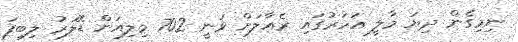
ނިމިގެން ދިޔަ މާލީ އަހަރުގައި ރެއާލަށް ވަނީ 702 މިލިއަން ޑޮލަރު ލިބިފަ